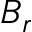
B _ { r }